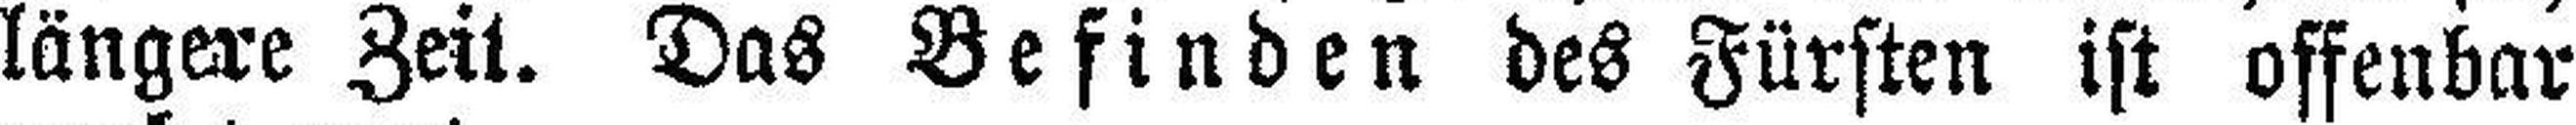
längere Zeit. Das Befinden des Fürsten ist offenbar